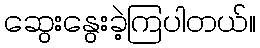
ဆွေးနွေးခဲ့ကြပါတယ်။